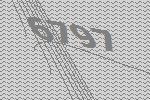
6797